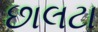
છાલટા